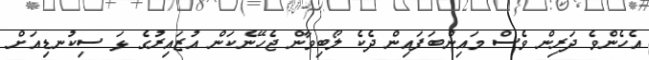
އެހެންވެ ދަރިން ވެސް މައިންބަފައިން ދެކެ ލޯބިވާން ޖެހޭނެކަން އުޒައިރުގެ ޅަ ސިކުނޑިއަށް